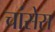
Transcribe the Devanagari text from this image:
चांसेस